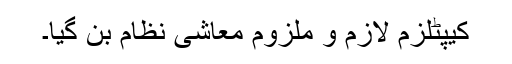
کیپٹلزم لازم و ملزوم معاشی نظام بن گیا۔